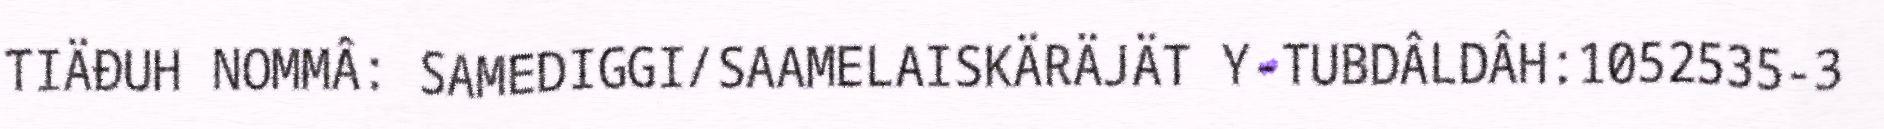
TIÄĐUH NOMMÂ: SAMEDIGGI/SAAMELAISKÄRÄJÄT Y-TUBDÂLDÂH:1052535-3